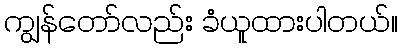
ကျွန်တော်လည်း ခံယူထားပါတယ်။